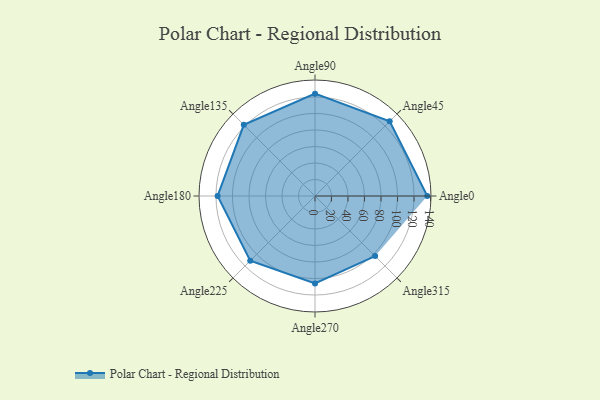
{"axis": {"x": "Angle", "y": "Radius"}, "legend": [""], "data": [{"x": "Angle0", "y": 136.0, "type": ""}, {"x": "Angle45", "y": 128.0, "type": ""}, {"x": "Angle90", "y": 124.0, "type": ""}, {"x": "Angle135", "y": 122.0, "type": ""}, {"x": "Angle180", "y": 118.0, "type": ""}, {"x": "Angle225", "y": 111.0, "type": ""}, {"x": "Angle270", "y": 106.0, "type": ""}, {"x": "Angle315", "y": 103.0, "type": ""}]}